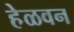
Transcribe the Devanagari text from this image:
हेळवन